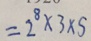
= 2 ^ { 8 } \times 3 \times 5